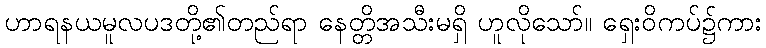
ဟာရနယမူလပဒတို့၏တည်ရာ နေတ္တိအသီးမရှိ ဟူလိုသော်။ ရှေးဝိကပ်၌ကား